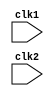
`timescale 1ns / 1ps
//////////////////////////////////////////////////////////////////////////////////
// Company: 
// Engineer: 
// 
// Design Name: 
// Module Name: MIPS_32
// Project Name: 
// Target Devices: 
// Tool Versions: 
// Description: 
// 
// Dependencies: 
// 
// Revision:
// Revision 0.01 - File Created
// Additional Comments:
// 
//////////////////////////////////////////////////////////////////////////////////


// risc 32 bit pilpeline


module risc32_pipe(clk1, clk2);
    input clk1, clk2;
    reg[31:0] pc, if_id_ir, if_id_npc;
    reg[31:0] id_ex_ir, id_ex_npc, id_ex_a, id_ex_b, id_ex_imm;
    reg[2:0] id_ex_type, ex_mem_type, mem_wb_type;
    reg[31:0] ex_mem_ir, ex_mem_aluout, ex_mem_b;
    reg ex_mem_cond;
    reg[31:0] mem_wb_ir, mem_wb_aluout, mem_wb_lmd;
    reg[31:0] regb [0:31];
    reg[31:0] mem [0:31];
    parameter add = 6'b000000, sub = 6'b000001, andr = 6'b000010, orr = 6'b000011, slt = 6'b000100, mul = 6'b000101, hlt = 6'b111111, lw = 6'b001000, sw = 6'b001001, addi = 6'b001010, subi = 6'b001011, slti = 6'b001100, bneqz = 6'b001101, beqz = 6'b001110;
    parameter rr_alu = 3'b000, rm_alu = 3'b001, load = 3'b010, store = 3'b011, branch = 3'b100, halt = 3'b101;
    reg halted, taken_branch;
   
    //Instruction Fetch stage
    always @(posedge clk1)
    begin
        if(halted == 0)
        begin
            if(((ex_mem_ir[31:26] == beqz) && (ex_mem_cond == 1)) || ((ex_mem_ir[31:26] == bneqz) && (ex_mem_cond == 0)))
            begin
                if_id_ir <= #2 mem[ex_mem_aluout];
                taken_branch <= #2 1'b1;
                if_id_npc <= #2 ex_mem_aluout + 1;
                pc <= #2 ex_mem_aluout + 1;
            end
            else
            begin
                if_id_ir <= #2 mem[pc];
                if_id_npc <= #2 pc + 1;
                pc <= #2 pc + 1;
            end
        end
    end
   
    //Instruction Decode Stage
    always @(posedge clk2)
    begin
        if(halted == 0)
        begin
            if(if_id_ir[25:21] == 0) id_ex_a <= 0;
            else id_ex_a <= #2 regb[if_id_ir[25:21]];
            if(if_id_ir[20:16] == 0) id_ex_b <= 0;
            else id_ex_b <= #2 regb[if_id_ir[20:16]];
            id_ex_npc <= #2 if_id_npc;
            id_ex_ir <= #2 if_id_ir;
            id_ex_imm <= {{16{if_id_ir[15]}},{if_id_ir[15:0]}};
            case (if_id_ir[31:26])
                add: id_ex_type <= #2 rr_alu;
                sub: id_ex_type <= #2 rr_alu;
                andr: id_ex_type <= #2 rr_alu;
                orr: id_ex_type <= #2 rr_alu;
                slt: id_ex_type <= #2 rr_alu;
                mul: id_ex_type <= #2 rr_alu;
                addi: id_ex_type <= #2 rm_alu;
                subi: id_ex_type <= #2 rm_alu;
                slti: id_ex_type <= #2 rm_alu;
                lw: id_ex_type <= #2 store;
                beqz: id_ex_type <= #2 branch;
                bneqz: id_ex_type <= #2 branch;
                hlt: id_ex_type <= #2 halt;
                default: id_ex_type <= halt;
            endcase
        end
    end
   
    //Execution Stage
    always @(posedge clk1)
    if(halted == 0)
    begin
        ex_mem_type <= #2 id_ex_type;
        ex_mem_ir <= #2 id_ex_ir;
        taken_branch <= #2 0;
        case (id_ex_type)
        rr_alu: begin
                    case (id_ex_ir)
                        add: ex_mem_aluout <= #2 id_ex_a + id_ex_b;
                        sub: ex_mem_aluout <= #2 id_ex_a - id_ex_b;
                        andr: ex_mem_aluout <= #2 id_ex_a & id_ex_b;
                        orr: ex_mem_aluout <= #2 id_ex_a | id_ex_b;
                        slt: ex_mem_aluout <= #2 id_ex_a < id_ex_b;
                        mul: ex_mem_aluout <= #2 id_ex_a * id_ex_b;
                        default: ex_mem_aluout <= #2 32'hxxxxxxxx;
                    endcase
                end
        rm_alu: begin
                    case (id_ex_ir[31:26])
                        addi: ex_mem_aluout <= #2 id_ex_a + id_ex_imm;
                        subi: ex_mem_aluout <= #2 id_ex_a - id_ex_imm;
                        slti: ex_mem_aluout <= #2 id_ex_a < id_ex_imm;
                        default: ex_mem_aluout <= #2 32'hxxxxxxxx;
                    endcase
                end
        load: begin
                         ex_mem_aluout <= #2 id_ex_npc + id_ex_imm;
                         ex_mem_cond <= #2 (id_ex_a);
                     end
        store: begin
                         ex_mem_aluout <= #2 id_ex_npc + id_ex_imm;
                         ex_mem_cond <= #2 (id_ex_a);
                     end
        branch: begin
                    ex_mem_aluout <= #2 id_ex_npc + id_ex_imm;
                    ex_mem_cond <= #2 (id_ex_a);
                end        
        endcase
    end
   
    //Memory stage
    always @(posedge clk2)
    begin
        if(halted == 0)
        begin
            mem_wb_type <= #2 ex_mem_type;
            mem_wb_ir <= #2 ex_mem_ir;
            case (ex_mem_type)
                rr_alu: mem_wb_aluout <= #2 ex_mem_aluout;
                rm_alu: mem_wb_aluout <= #2 ex_mem_aluout;
                load: mem_wb_lmd <= #2 mem[ex_mem_aluout];
                store: if(taken_branch == 0) mem[ex_mem_aluout] <= #2 ex_mem_b;
            endcase
        end
    end
   
    //Write Back Stage
    always @(posedge clk1)
    begin
        if(taken_branch == 0)
        case (mem_wb_type)
            rr_alu: regb[mem_wb_ir[15:11]] <= #2 mem_wb_aluout;
            rm_alu: regb[mem_wb_ir[15:11]] <= #2 mem_wb_aluout;
            load: regb[mem_wb_ir[20:16]] <= #2 mem_wb_lmd;
            halt: halted <= #2 1'b1;
        endcase
    end
    endmodule